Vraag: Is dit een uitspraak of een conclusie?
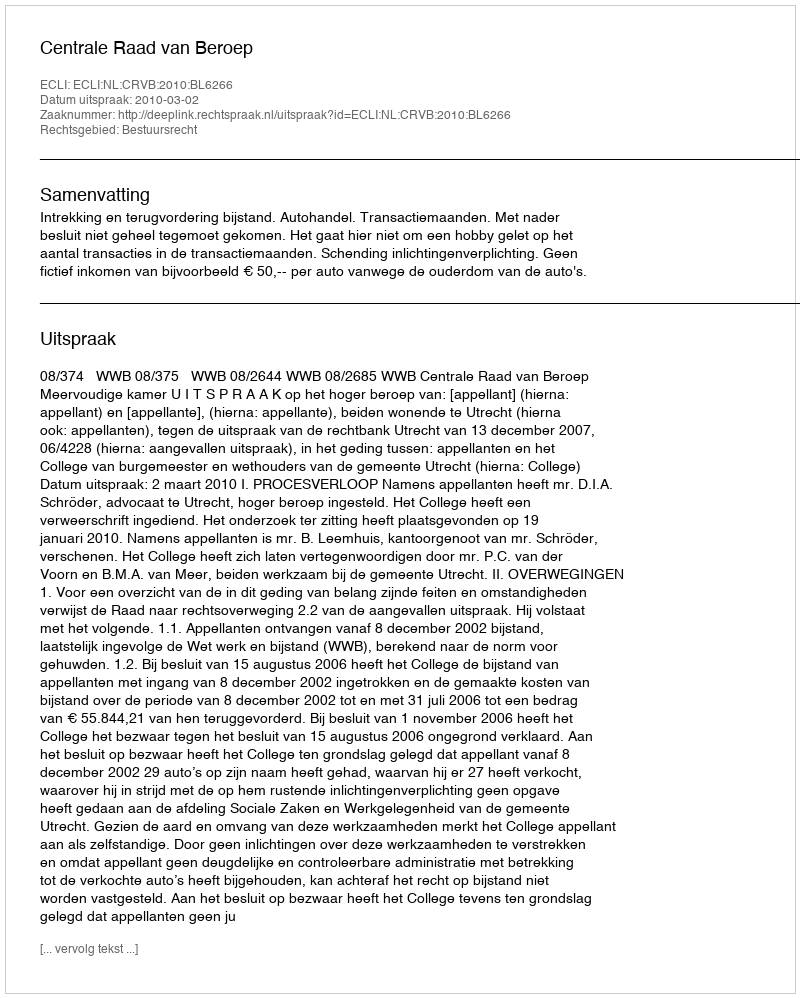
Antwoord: Uitspraak